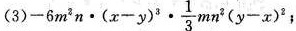
(3)$$-6 m ^ { 2 } n \cdot ( x - y ) ^ { 3 } \cdot \frac { 1 } { 3 } m n ^ { 2 } ( y - x ) ^ { 2 }$$